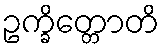
ဥက္ခိတ္တောတိ